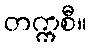
တက္ကစီ။